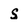
Character: S